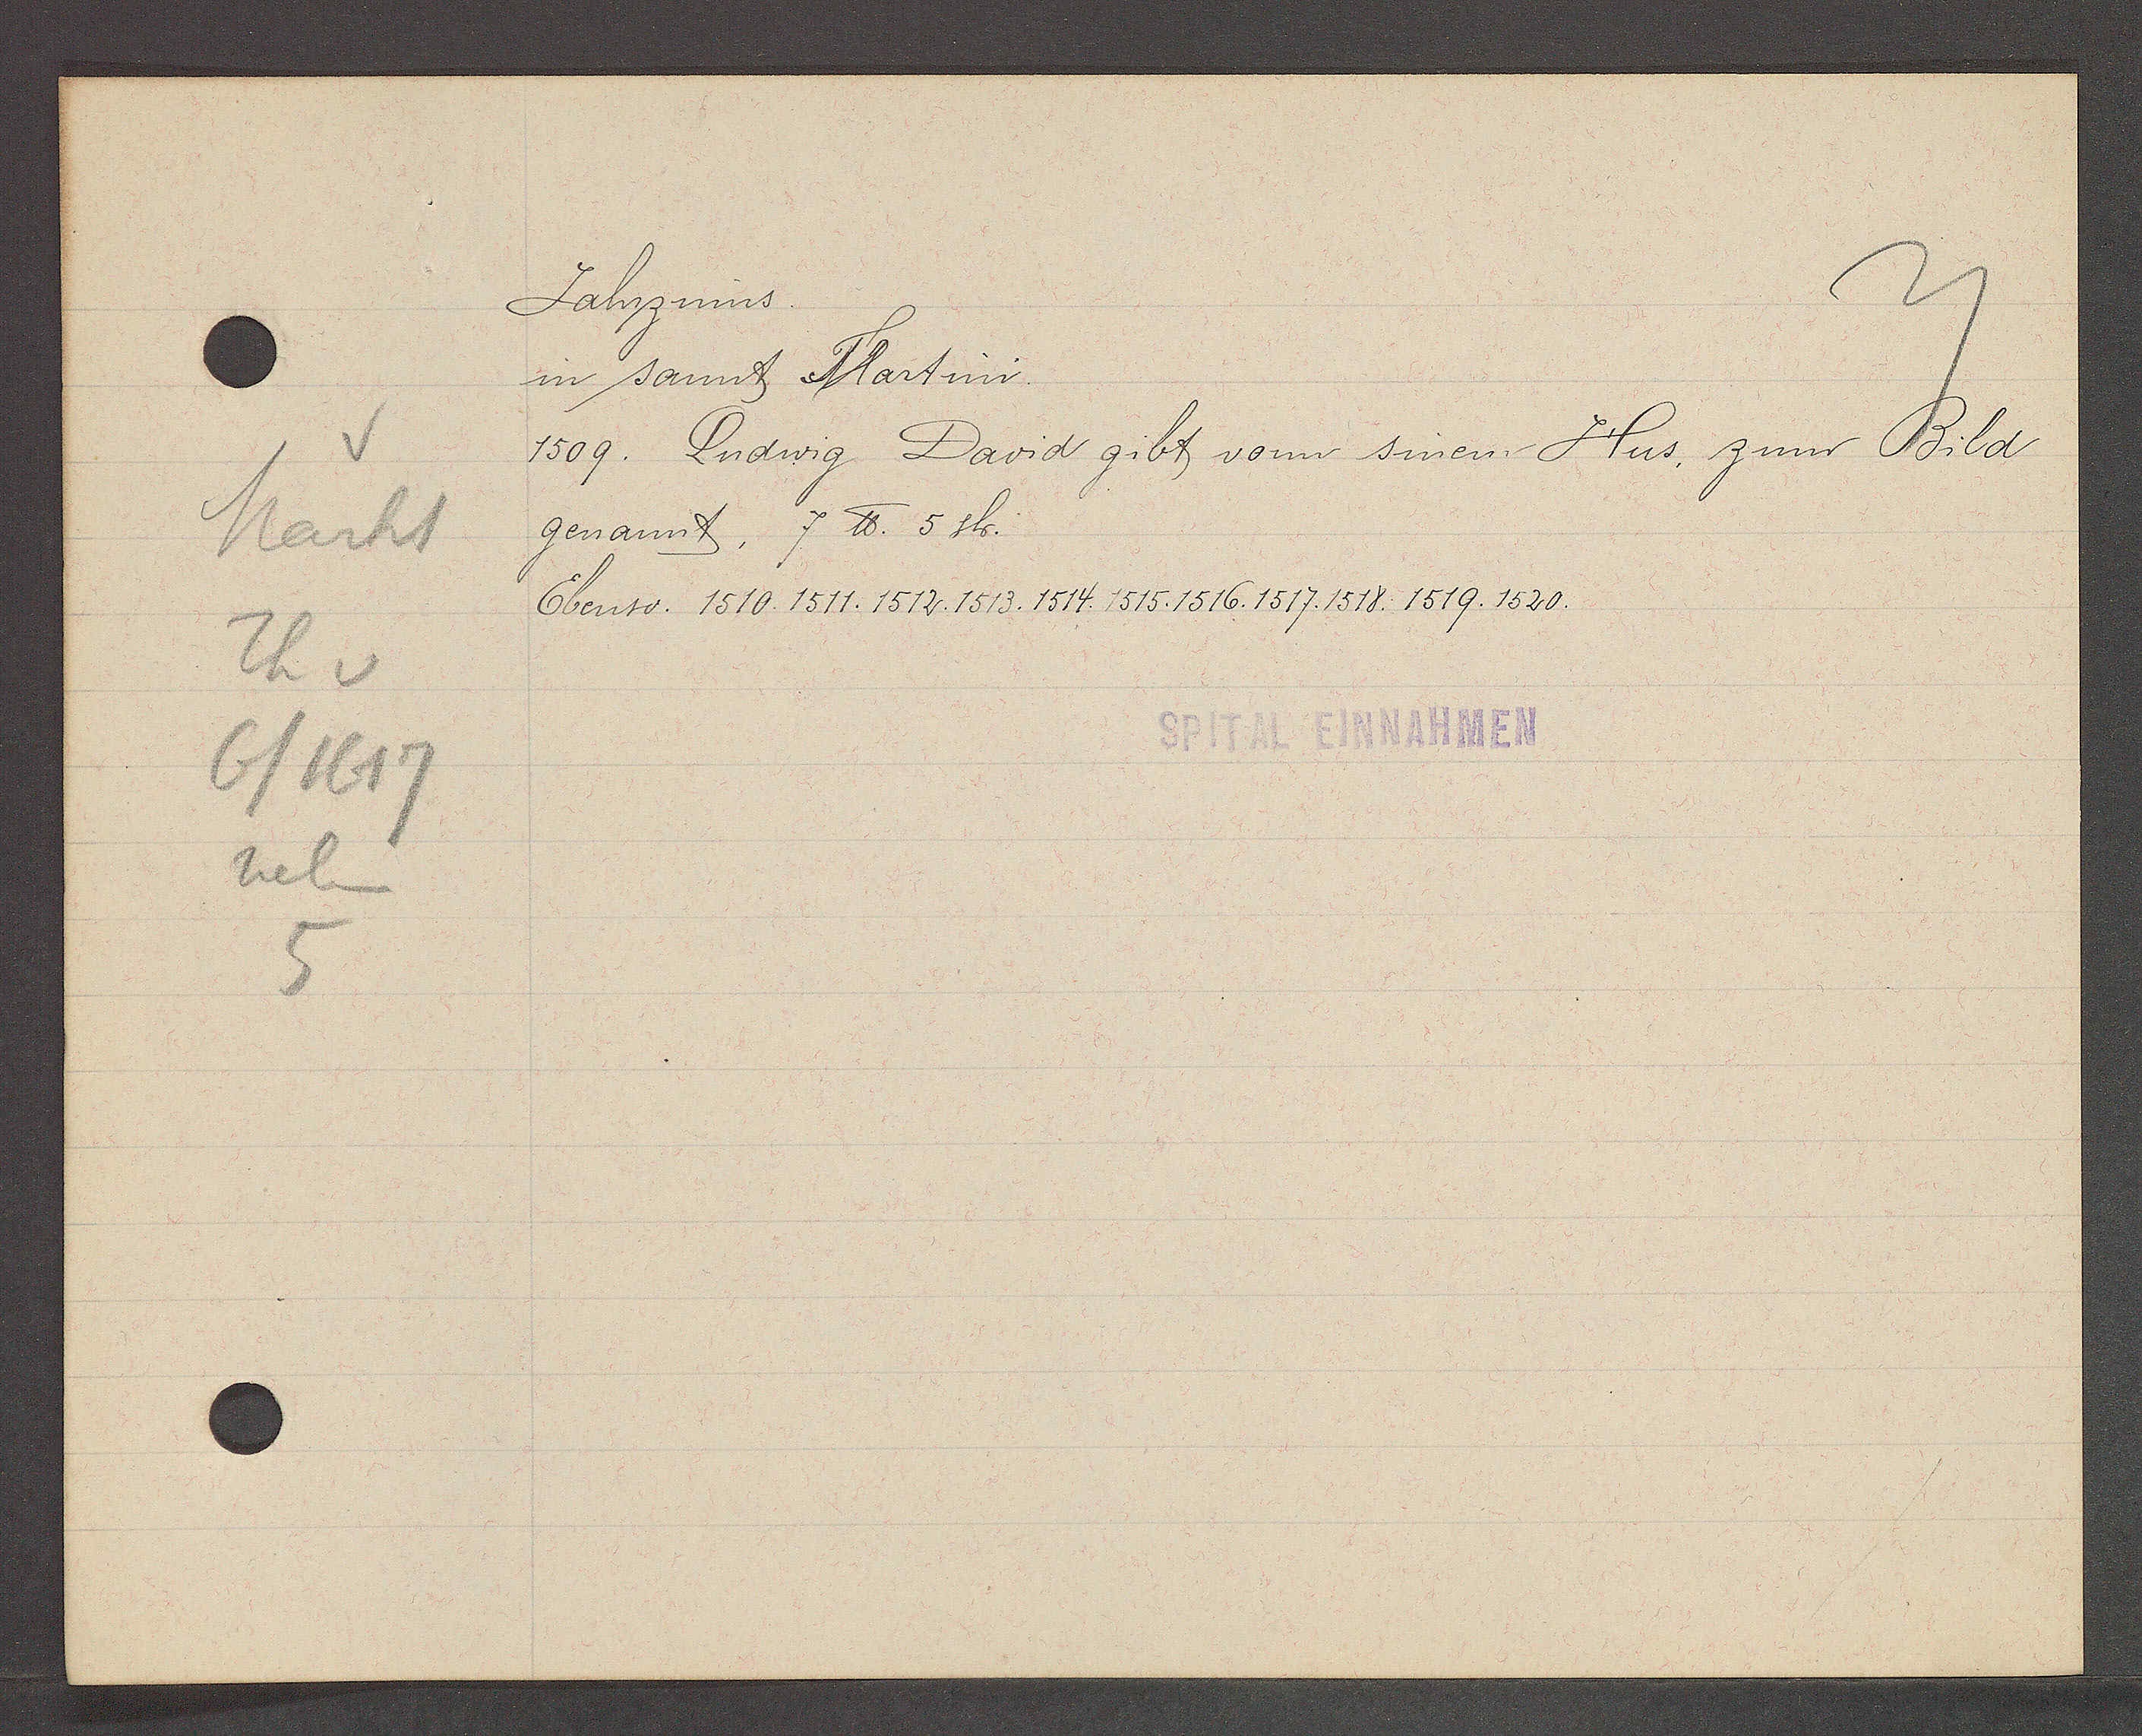
Transcript:
v
Markt
Th v
6/1617
neben
5

Jahrzinns.

in sannt Martini.
1509. Ludwig David gibt vonn sinem Hus, zum Bild
genannt, 7 ℔. 5 sh.
Ebenso: 1510. 1511. 1512. 1513. 1514. 1515. 1516. 1517. 1518. 1519. 1520.

SPITAL EINNAHMEN